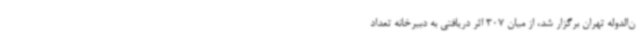
ن‌الدوله تهران برگزار شد، از میان 307 اثر دریافتی به دبیرخانه تعداد